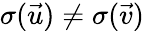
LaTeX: \sigma(\vec{u})\neq\sigma(\vec{v})